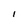
Character: l